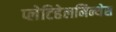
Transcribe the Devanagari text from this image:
प्लेटिहेलमिन्थेस